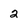
Character: 2